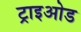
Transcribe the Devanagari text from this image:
ट्राइओड